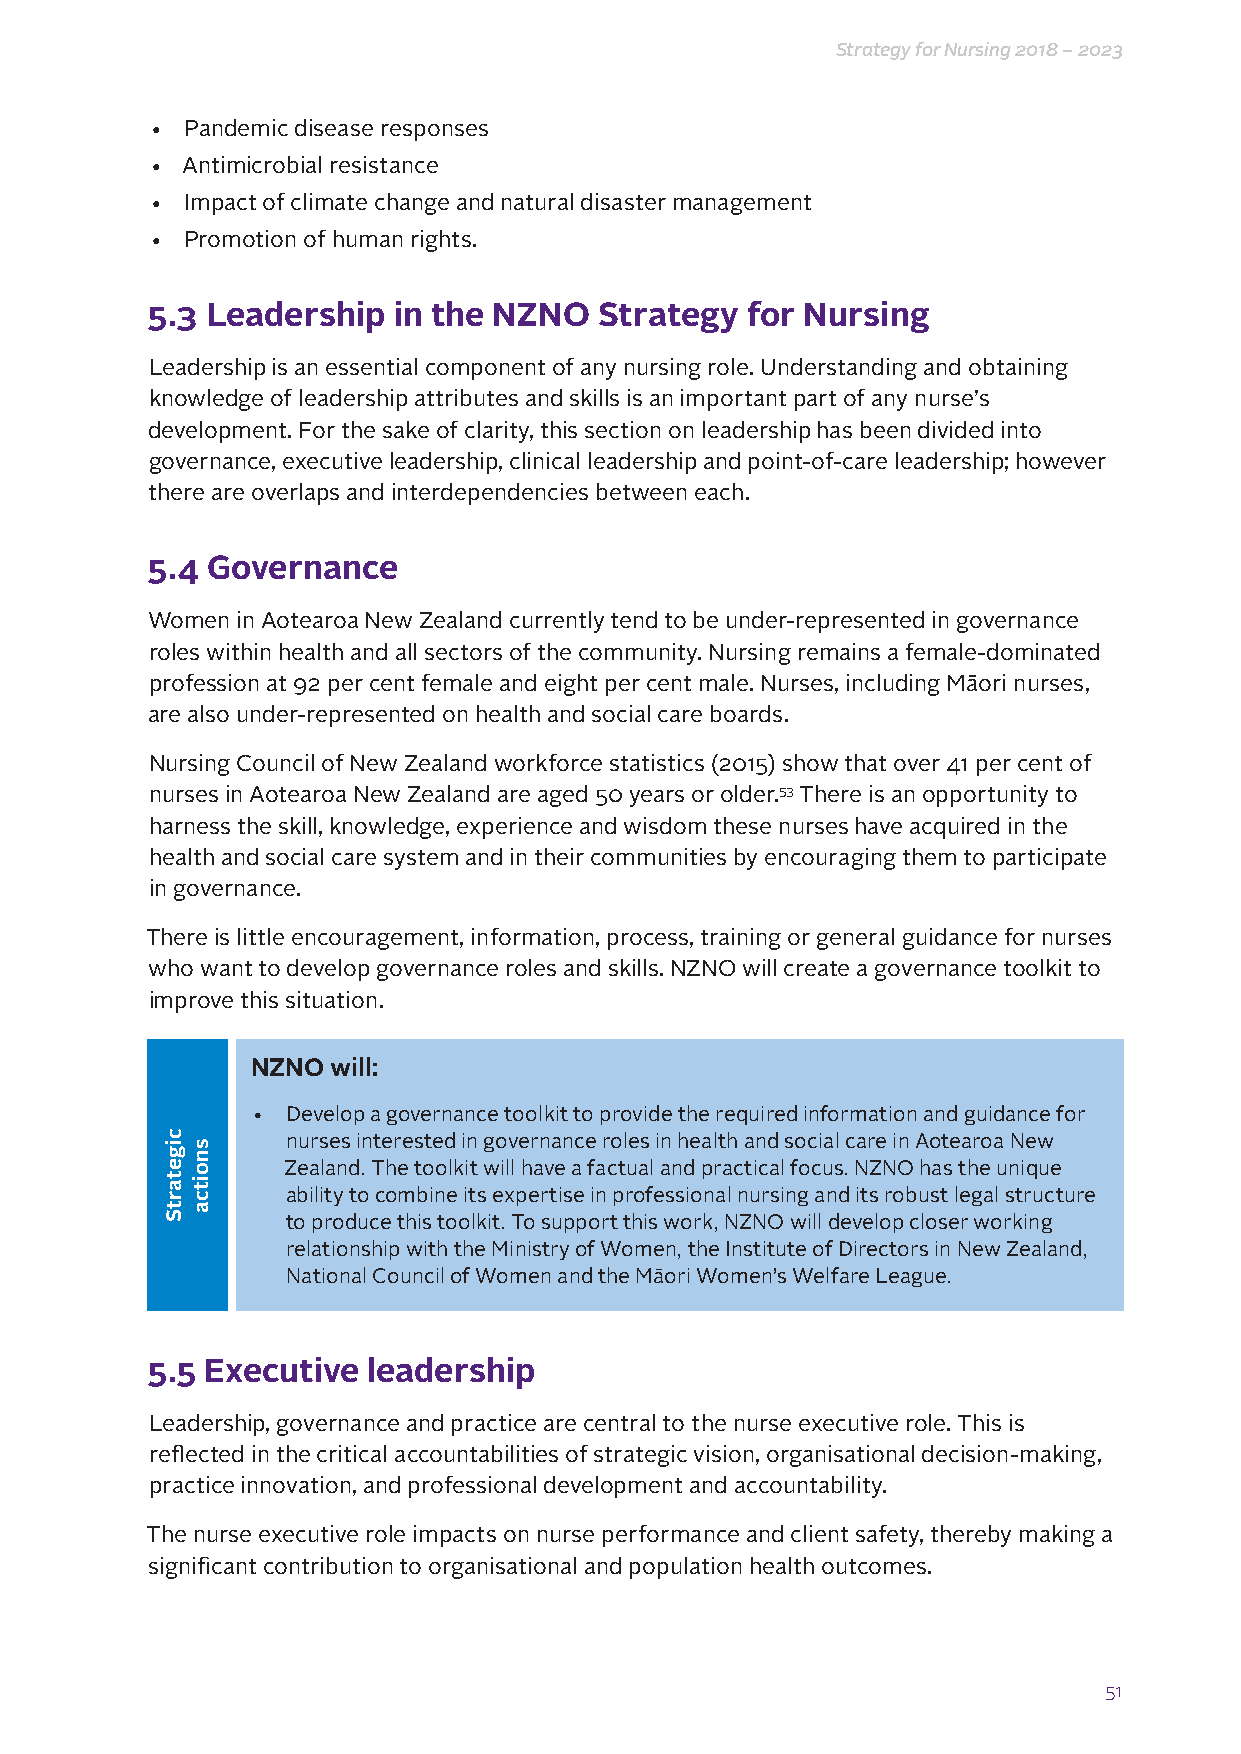
Strategy for Nursing 2018 – 2023
 • Pandemic disease responses
 • Antimicrobial resistance
 • Impact of climate change and natural disaster management
 • Promotion of human rights.
 5.3 Leadership  in the NZNO   Strategy for Nursing
 Leadership is an essential component of any nursing role. Understanding and obtaining
 knowledge of leadership attributes and skills is an important part of any nurse’s
 development. For the sake of clarity, this section on leadership has been divided into
 governance, executive leadership, clinical leadership and point-of-care leadership; however
 there are overlaps and interdependencies between each.
 5.4 Governance
 Women in Aotearoa New Zealand currently tend to be under-represented in governance
 roles within health and all sectors of the community. Nursing remains a female-dominated
 profession at 92 per cent female and eight per cent male. Nurses, including Māori nurses,
 are also under-represented on health and social care boards.
 Nursing Council of New Zealand workforce statistics (2015) show that over 41 per cent of
 nurses in Aotearoa New Zealand are aged 50 years or older.53 There is an opportunity to
 harness the skill, knowledge, experience and wisdom these nurses have acquired in the
 health and social care system and in their communities by encouraging them to participate
 in governance.
 There is little encouragement, information, process, training or general guidance for nurses
 who want to develop governance roles and skills. NZNO will create a governance toolkit to
 improve this situation.
 NZNO will:
 • Develop a governance toolkit to provide the required information and guidance for
 nurses interested in governance roles in health and social care in Aotearoa New
 Zealand. The toolkit will have a factual and practical focus. NZNO has the unique
 ability to combine its expertise in professional nursing and its robust legal structure
 to produce this toolkit. To support this work, NZNO will develop closer working
 relationship with the Ministry of Women, the Institute of Directors in New Zealand,
 National Council of Women and the Māori Women’s Welfare League.
 5.5 Executive leadership
 Leadership, governance and practice are central to the nurse executive role. This is
 reflected in the critical accountabilities of strategic vision, organisational decision-making,
 practice innovation, and professional development and accountability.
 The nurse executive role impacts on nurse performance and client safety, thereby making a
 significant contribution to organisational and population health outcomes.
 51
 cigetartS
 snoitca